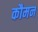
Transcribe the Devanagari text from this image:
कौमन